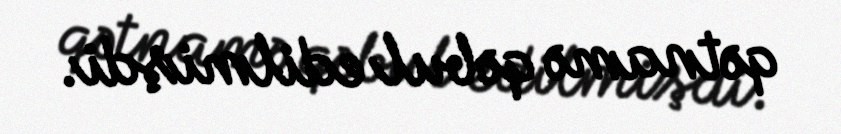
qətnamə qəbul edilmişdi.